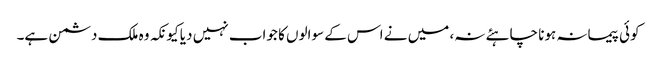
کوئی پیمانہ ہونا چاہئے نہ، میں نے اس کے سوالوں کا جواب نہیں دیا کیونکہ وہ ملک دشمن ہے۔